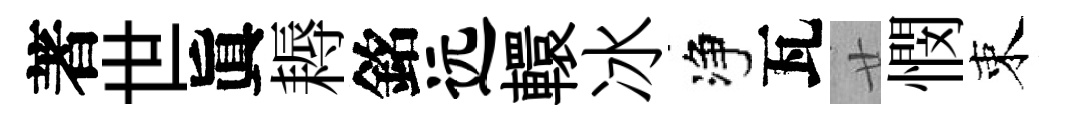
著世眞耨銘远轘冰净瓦廿憫束